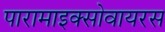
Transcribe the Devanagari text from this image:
पारामाइक्सोवायरस